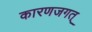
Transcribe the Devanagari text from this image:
कारणजगत्